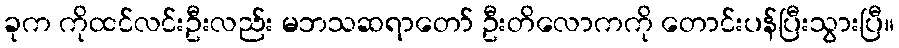
ခုက ကိုထင်လင်းဦးလည်း မဘသဆရာတော် ဦးတိလောကကို တောင်းပန်ပြီးသွားပြီ။